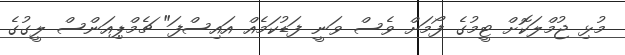
މުޅި ޖުމްލަކޮށް ޓީމުގެ ފޯމަށް ވެސް ވަނީ ފަޑުކަމެއް އައިސްފަ" ޗެމްޕިއަންސް ލީގުގެ